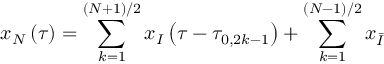
x _ { N } \left( \tau \right) = \sum _ { k = 1 } ^ { \left( N + 1 \right) / 2 } x _ { I } \left( \tau - \tau _ { 0 , 2 k - 1 } \right) + \sum _ { k = 1 } ^ { \left( N - 1 \right) / 2 } x _ { \bar { I } }